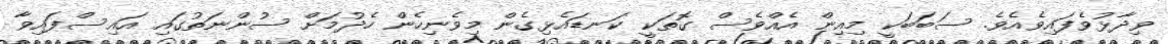
ވިދާޅުވެފައިވެއެވެ. ސަބަބަކީ މިއިން އެއްވެސް ގޮތަކީ ކަނޑައެޅިގެން މިވެނިހެން ހެދުމަށް ސުންނަތުގައި އައިސްފައިވާ